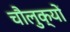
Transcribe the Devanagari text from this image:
चौलुक्यों